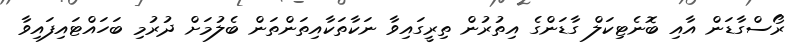
ރޯސްގާޑަން އާއި ބޮނެޓިކަލް ގާޑަންގެ އިތުރުން ތިރީގައިވާ ނަކާތަކާއިތަންތަން ބެލުމަށް ދުރުމި ބަހައްޓައިފައިވާ